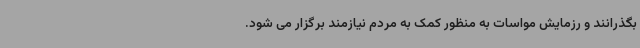
بگذرانند و رزمایش مواسات به منظور کمک به مردم نیازمند برگزار می شود.